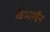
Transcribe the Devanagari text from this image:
कैम्परवैन